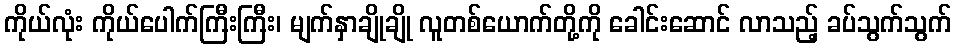
ကိုယ်လုံး ကိုယ်ပေါက်ကြီးကြီး၊ မျက်နှာချိုချို လူတစ်ယောက်တို့ကို ခေါင်းဆောင် လာသည့် ခပ်သွက်သွက်